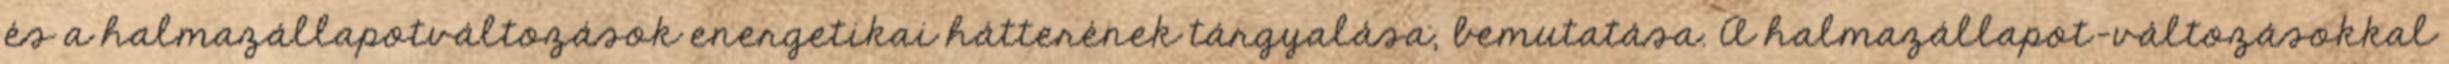
és a halmazállapotváltozások energetikai hátterének tárgyalása, bemutatása. A halmazállapot-változásokkal